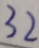
3 2